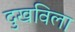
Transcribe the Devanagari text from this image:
दुखविला